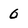
Character: 0